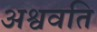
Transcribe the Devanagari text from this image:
अश्ववति